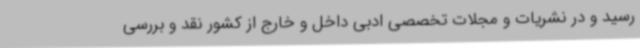
رسید و در نشریات و مجلات تخصصی ادبی داخل و خارج از کشور نقد و بررسی